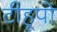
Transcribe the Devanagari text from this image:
टीहूपो